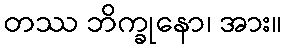
တဿ ဘိက္ခုနော၊ အား။